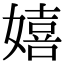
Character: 嬉